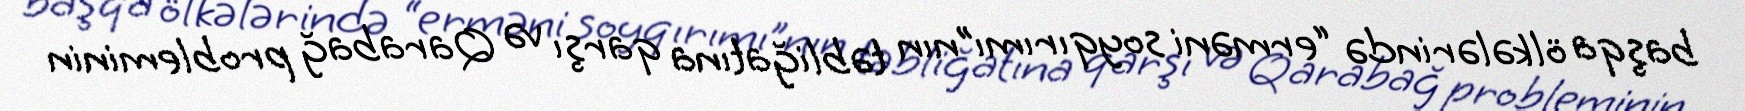
başqa ölkələrində “erməni soyqırımı”nın təbliğatına qarşı və Qarabağ probleminin